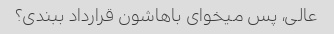
عالی، پس میخوای باهاشون قرارداد ببندی؟